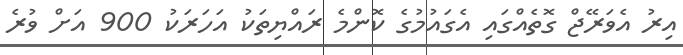
އިރު އެވަރޭޖް ގޮތެއްގައި އެގައުމުގެ ކޮންމެ ރައްޔިތަކު އަހަރަކު 900 އަށް ވުރެ